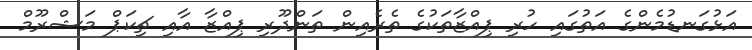
އަޅުގަނޑުމެންގެ އަތުގައި ހުރި ޕިއްޒާތަކުގެ ތެރެއިން ތަންދޫރި ޕިއްޒާ އާއި ޗިކަޕް މަޝްރޫމް